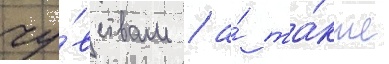
чу́вствам / а́ та́кже